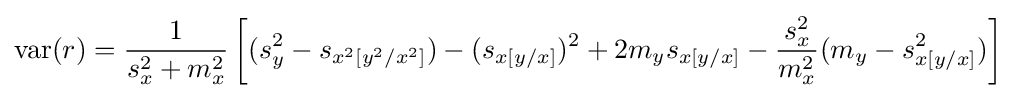
\operatorname {var} (r)={\frac {1}{s_{x}^{2}+m_{x}^{2}}}\left[(s_{y}^{2}-s_{x^{2}[y^{2}/x^{2}]})-(s_{x[y/x]})^{2}+2m_{y}s_{x[y/x]}-{\frac {s_{x}^{2}}{m_{x}^{2}}}(m_{y}-s_{x[y/x]}^{2})\right]